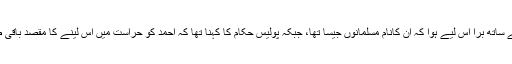
بعص افراد کا کہنا تھا کہ احمد کے ساتھ برا اس لیے ہوا کہ اُن کانام مسلمانوں جیسا تھا، جبکہ پولیس حکام کا کہنا تھا کہ احمد کو حراست میں اس لینے کا مقصد باقی طلبہ کی حفاظت کو یقینی بنانا تھا۔